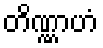
တိဏ္ဏာဟံ